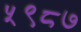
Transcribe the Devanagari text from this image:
५९८७